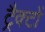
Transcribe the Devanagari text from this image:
ट्रैक्टों